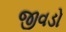
જીવડો